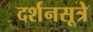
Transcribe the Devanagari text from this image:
दर्शनसूत्रे